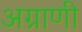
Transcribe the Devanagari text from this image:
अग्राणी